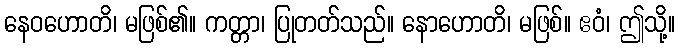
နေဝဟောတိ၊ မဖြစ်၏။ ကတ္တာ၊ ပြုတတ်သည်။ နောဟောတိ၊ မဖြစ်။ ဧဝံ၊ ဤသို့။